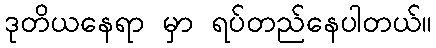
ဒုတိယနေရာ မှာ ရပ်တည်နေပါတယ်။